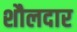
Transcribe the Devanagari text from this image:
शौलदार